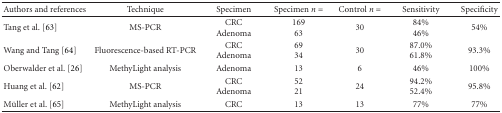
<table><thead><tr><td><b>Authors and references</b></td><td><b>Technique</b></td><td><b>Specimen</b></td><td><b>Specimen <i>n</i> =</b></td><td><b>Control <i>n</i> =</b></td><td><b>Sensitivity</b></td><td><b>Specificity</b></td></tr></thead><tbody><tr><td>Tang et al. [63]</td><td>MS-PCR</td><td>CRCAdenoma</td><td>16963</td><td>30</td><td>84%46%</td><td>54%</td></tr><tr><td>Wang and Tang [64]</td><td>Fluorescence-based RT-PCR</td><td>CRCAdenoma</td><td>6934</td><td>30</td><td>87.0%61.8%</td><td>93.3%</td></tr><tr><td>Oberwalder et al. [26]</td><td>MethyLight analysis</td><td>Adenoma</td><td>13</td><td>6</td><td>46%</td><td>100%</td></tr><tr><td>Huang et al. [62]</td><td>MS-PCR</td><td>CRCAdenoma</td><td>5221</td><td>24</td><td>94.2%52.4%</td><td>95.8%</td></tr><tr><td>Müller et al. [65]</td><td>MethyLight analysis</td><td>CRC</td><td>13</td><td>13</td><td>77%</td><td>77%</td></tr></tbody></table>